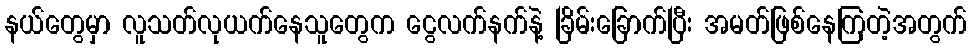
နယ်တွေမှာ လူသတ်လုယက်နေသူတွေက ငွေလက်နက်နဲ့ ခြိမ်းခြောက်ပြီး အမတ်ဖြစ်နေကြတဲ့အတွက်